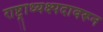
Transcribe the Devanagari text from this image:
राष्ट्राध्यक्ष्पदावरून